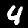
Label: 4